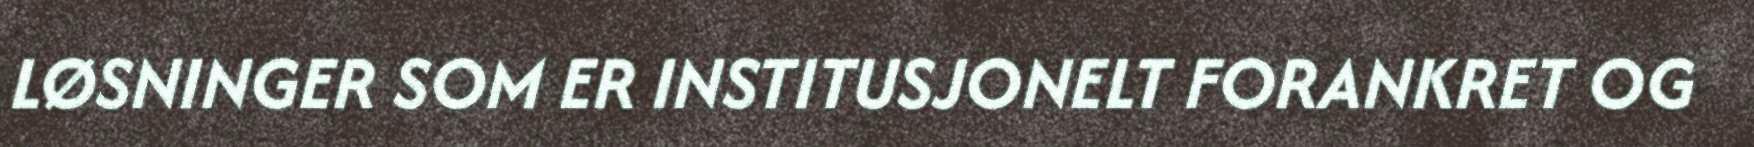
LØSNINGER SOM ER INSTITUSJONELT FORANKRET OG